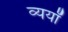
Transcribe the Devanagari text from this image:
व्ययॉ